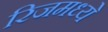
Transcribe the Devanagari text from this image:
रिजमध्ये